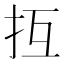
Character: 𢪔